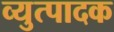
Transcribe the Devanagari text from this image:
व्युत्पादक